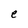
Character: e